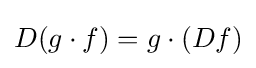
D(g\cdot f)=g\cdot (Df)